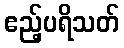
ဧည့်ပရိသတ်